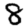
Digit: 8